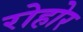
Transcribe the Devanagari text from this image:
रोहोर